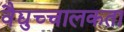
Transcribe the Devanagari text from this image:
वैद्युच्चालकता